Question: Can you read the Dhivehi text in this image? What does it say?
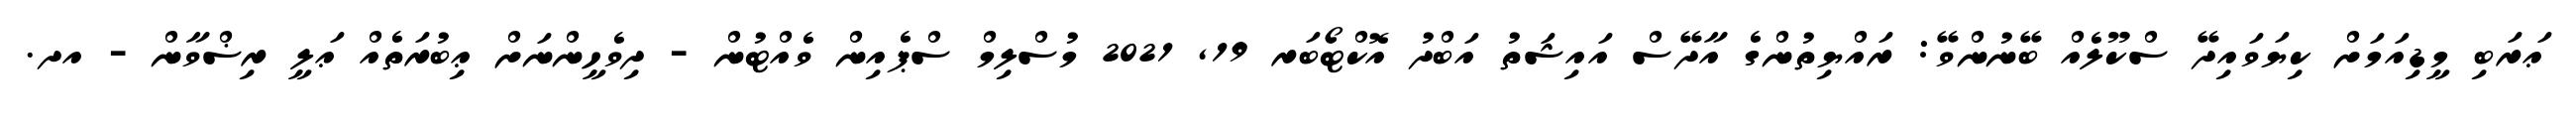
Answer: ޢަރަބި މީޑިއަމަށް ކިޔަވައިދޭ ސްކޫލެއް ބޭނުންވޭ: ރައްޔިތުންގެ އާދޭސް އައިޝަތު އަބްދު އޮކްޓޯބަރ 19, 2021 މުސްލިމް ސްޕެއިން ވެއްޓުން - ދިވެހީންނަށް ޢިބުރަތެއް ޢަލީ ރިޟްވާން - އދ.